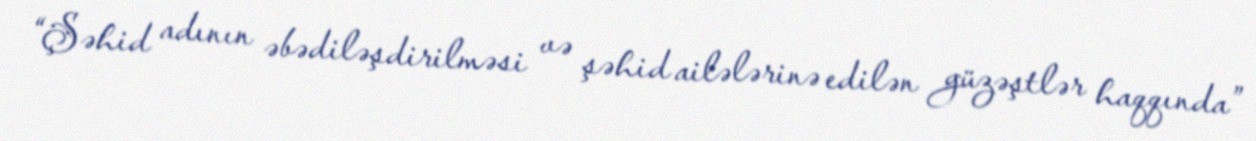
“Şəhid adının əbədiləşdirilməsi və şəhid ailələrinə edilən güzəştlər haqqında”